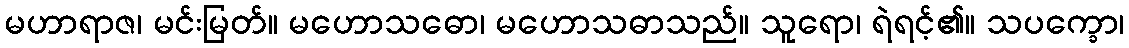
မဟာရာဇ၊ မင်းမြတ်။ မဟောသဓော၊ မဟောသဓာသည်။ သူရော၊ ရဲရင့်၏။ သပက္ခော၊